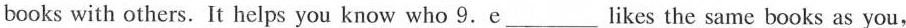
books with others. It helps you know who 9. e___ likes the same books as you,